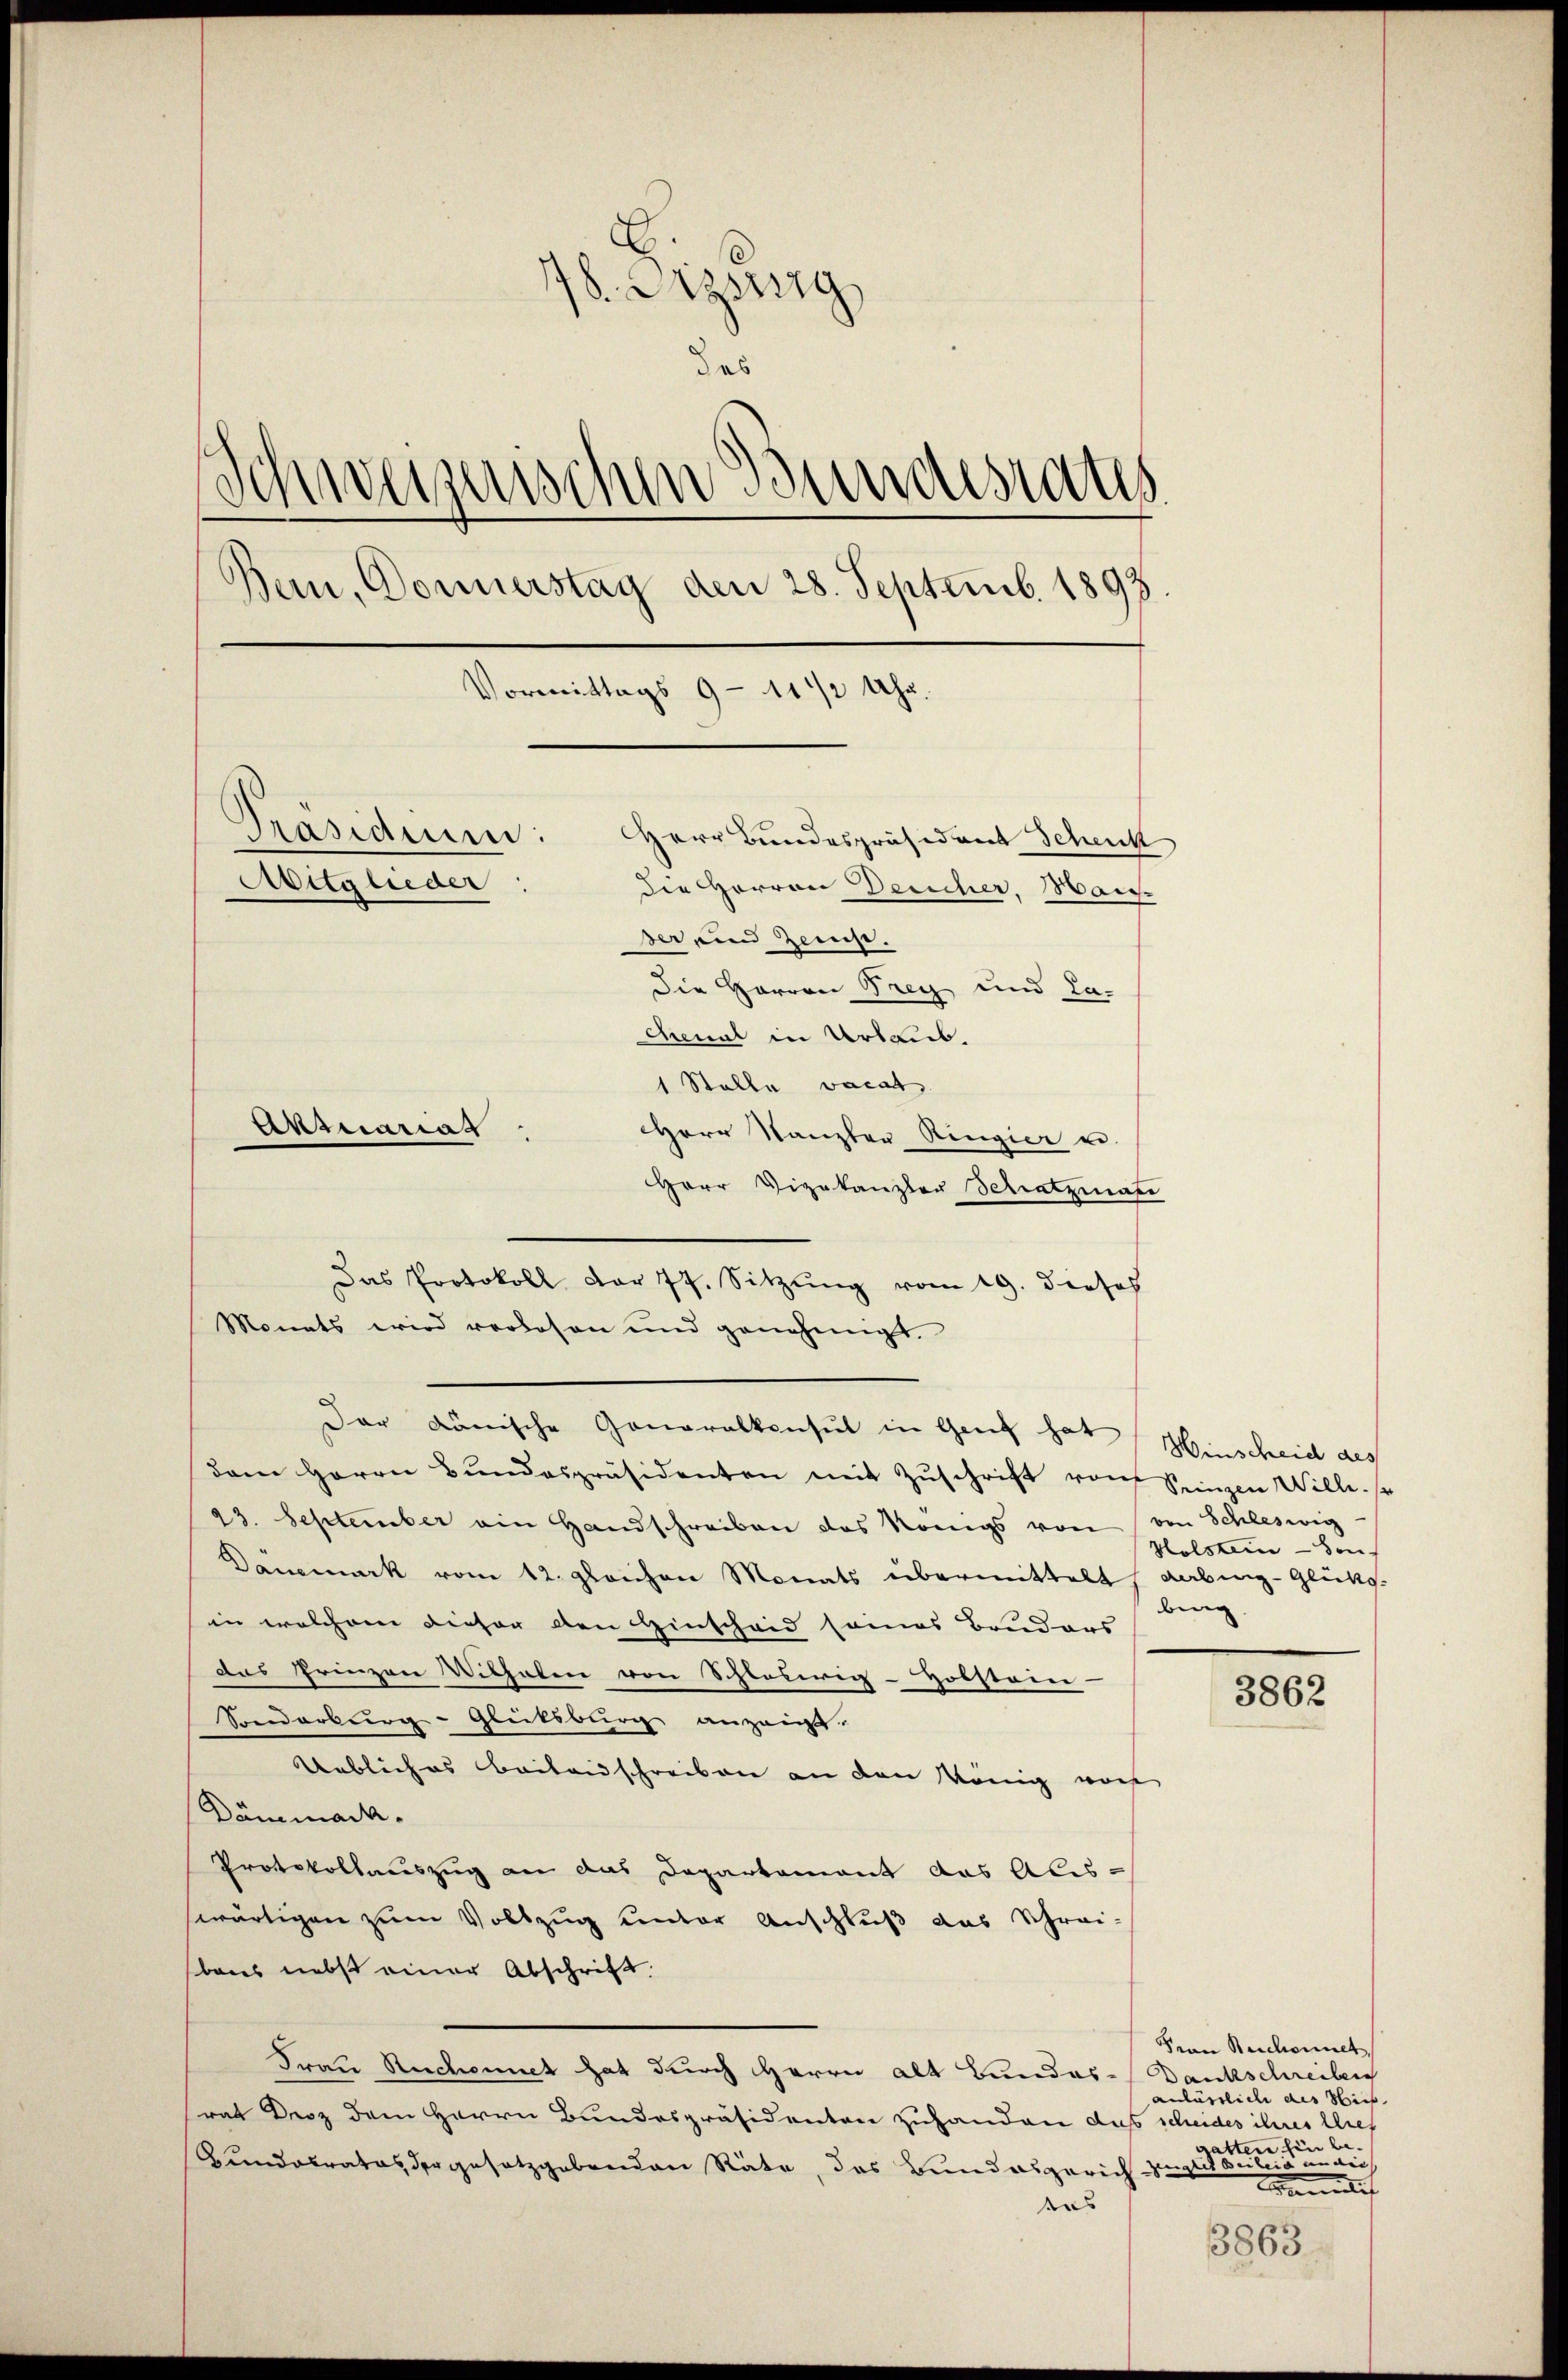
18. Sizszig
des
Schweizerischen Bundesrats
Bern, Donnerstag den 28. Septemb. 1893.
Vormittags 9 - 11 1/2 Uhr.
Präsidium:
Herr Bundespräsident Schenk
Avitglieder
die Herren Desicher, Wai-
der und Zeinst.
Die Herren Frey und La-
Chenat in Urlaub.

1 Stalle vacat,
Herr Stanzler Ringier u.
Herr Vizekanzler Schatzman
Das Protokoll dar 77. Sitzŭng vom 19. dieses
Monats wird verlesen und genehmigt
Der Dänische Generalkonsul in Genf hat Hinscheid des
dem Herrn Bŭndespräsidenten mit Zŭschrift von Seinzen Will s
23. September ein Handschreiben das Königs von von Schleswig
Danmark vom 12. gleichen Monats übermittelt Kabing-Glück-
in welchem dieser den Hinscheid seines Bruders
das Prinzon Vithaten von Schloserig vorstam-
Soeiarburg-Gletsburg anzeigt.
Uebliches Beibendschreiben an den König noch
Dömmack.
Protokollauszug an das Departement das Abis-
swärtigen zum Vollzug unter Anschluß das Schreibaus nebst einer Abschrift.
Frau Rechnet hat durch Herrn alt Bundes-Dankschreiben
rat Droz dem Herrn Bundespräsidenten zuhanden das scheides ihres lief
Bundesrates der gesetzgebenden Räte, das Bundesgerich zugleit Beileid an die
as

Erznanas

Holstein - den
burg

3862

Frau Reichennet
anlässlich des Nies
tten hin a
Beundli

3863.